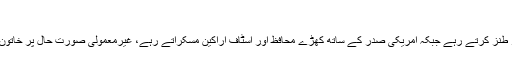
‘
امریکی صدر زیر لب خاتون صحافی پر طنز کرتے رہے جبکہ امریکی صدر کے ساتھ کھڑے محافظ اور اسٹاف اراکین مسکراتے رہے، غیرمعمولی صورت حال پر خاتون صحافی پریشانی میں مبتلا دکھائی دیں۔